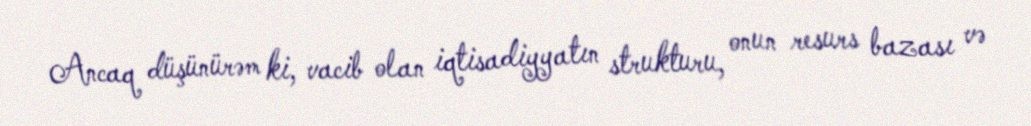
Ancaq düşünürəm ki, vacib olan iqtisadiyyatın strukturu, onun resurs bazası və